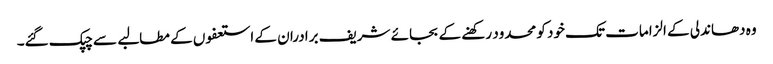
وہ دھاندلی کے الزامات تک خود کو محدود رکھنے کے بجائے شریف برادران کے استعفوں کے مطالبے سے چپک گئے۔